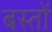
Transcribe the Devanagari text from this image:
बस्तों